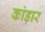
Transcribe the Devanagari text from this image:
कांड़ार